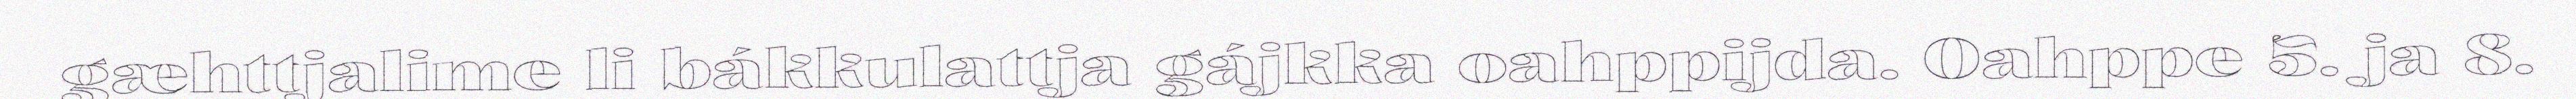
gæhttjalime li bákkulattja gájkka oahppijda. Oahppe 5. ja 8.